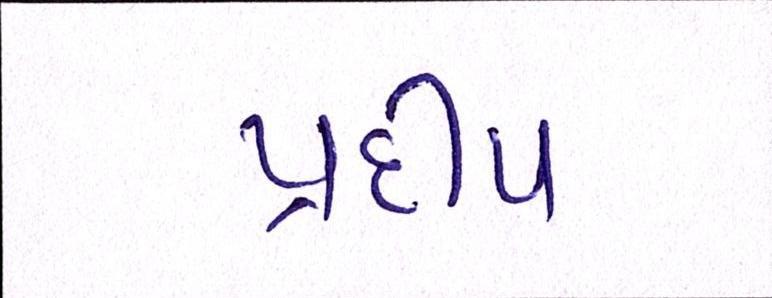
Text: પ્રદીપ